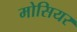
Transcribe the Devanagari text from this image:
मोसियर